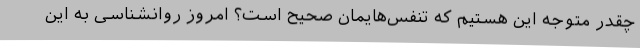
چقدر متوجه این هستیم که تنفس‌هایمان صحیح است؟ امروز روانشناسی به این